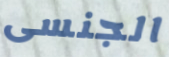
الجنسى